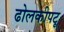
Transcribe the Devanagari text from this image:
ढोलकीपटू